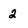
Character: 2